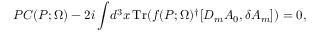
P C ( P ; \Omega ) - 2 i \int \! d ^ { 3 } x \, \mathrm { T r } ( f ( P ; \Omega ) ^ { \dagger } [ D _ { m } A _ { 0 } , \delta A _ { m } ] ) = 0 ,